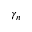
\gamma _ { n }